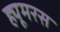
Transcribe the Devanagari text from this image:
ह्यूमरस